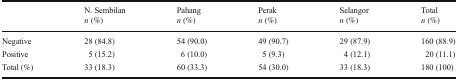
<table><thead><tr><td></td><td><b>N. Sembilan<i>n</i> (%)</b></td><td><b>Pahang<i>n</i> (%)</b></td><td><b>Perak<i>n</i> (%)</b></td><td><b>Selangor<i>n</i> (%)</b></td><td><b>Total<i>n</i> (%)</b></td></tr></thead><tbody><tr><td>Negative</td><td>28 (84.8)</td><td>54 (90.0)</td><td>49 (90.7)</td><td>29 (87.9)</td><td>160 (88.9)</td></tr><tr><td>Positive</td><td>5 (15.2)</td><td>6 (10.0)</td><td>5 (9.3)</td><td>4 (12.1)</td><td>20 (11.1)</td></tr><tr><td>Total (%)</td><td>33 (18.3)</td><td>60 (33.3)</td><td>54 (30.0)</td><td>33 (18.3)</td><td>180 (100)</td></tr></tbody></table>